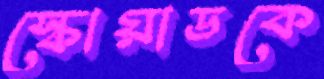
স্কোয়াডকে